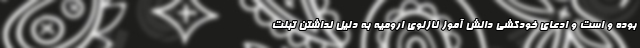
بوده و است و ادعای خودکشی دانش آموز نازلوی ارومیه به دلیل نداشتن تبلت